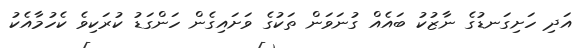
އަދި ހަށިގަނޑުގެ ނާޒުކު ބައެއް ގުނަވަން ތަކުގެ ވަށައިގެން ހަންގަޑު ކުރަކިވެ ކެހުމާއެކު